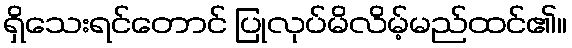
ရှိသေးရင်တောင် ပြုလုပ်မိလိမ့်မည်ထင်၏။